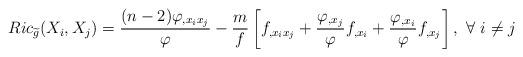
LaTeX: \begin{align*} Ric_{\widetilde{g}}(X_{i},X_{j}) = \frac{(n-2)\varphi_{,x_{i}x_{j}}}{\varphi}-\frac{m}{f}\left[f_{,x_ix_j}+\frac{\varphi_{,x_j}}{\varphi}f_{,x_i}+\frac{\varphi_{,x_i}}{\varphi}f_{,x_j}\right],\ \forall\ i\neq j\end{align*}